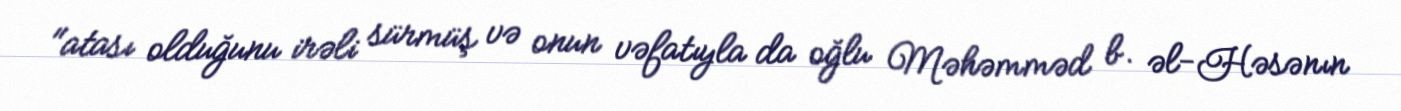
"atası olduğunu irəli sürmüş və onun vəfatıyla da oğlu Məhəmməd b. əl-Həsənın